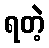
ရတဲ့